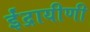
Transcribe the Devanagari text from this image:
ईंद्रायीणी